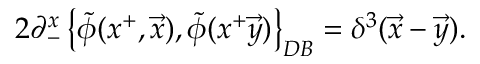
2 \partial _ { - } ^ { x } \left\{ \widetilde { \phi } ( x ^ { + } , \vec { x } ) , \widetilde { \phi } ( x ^ { + } \vec { y } ) \right\} _ { D B } = \delta ^ { 3 } ( \vec { x } - \vec { y } ) .